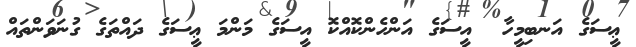
ޢީސަގެ އަނބިމީހާ  އީސަގެ އަންހެންކޮއްކޮ އީސަގެ މަންމަ ޢީސަގެ ދައްތަގެ ގުނަވަންތައް